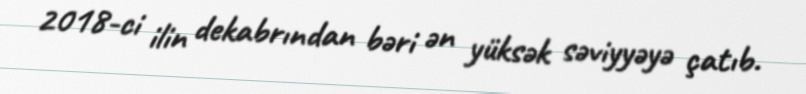
2018-ci ilin dekabrından bəri ən yüksək səviyyəyə çatıb.